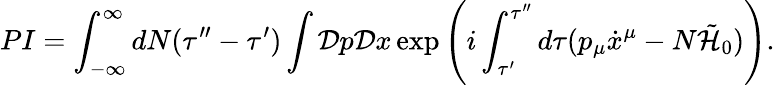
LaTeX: PI=\int_{-\infty}^{\infty}dN(\tau^{\prime\prime}-\tau^{\prime})\int{\cal D}p{\cal D}x\exp\left(i\int_{\tau^{\prime}}^{\tau^{\prime\prime}}d\tau(p_{\mu}\dot{x}^{\mu}-N\tilde{\cal H}_{0})\right).